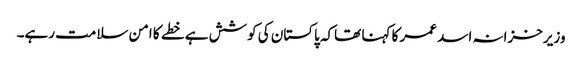
وزیرخزانہ اسد عمر کا کہنا تھاکہ پاکستان کی کوشش ہے خطے کا امن سلامت رہے۔